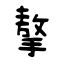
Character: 摮